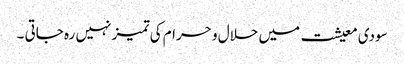
سودی معیشت میں حلال و حرام کی تمیز نہیں رہ جاتی ۔